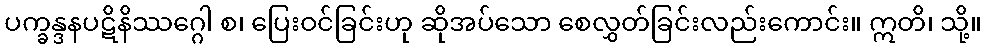
ပက္ခန္ဒနပဋိနိဿဂ္ဂေါ စ၊ ပြေးဝင်ခြင်းဟု ဆိုအပ်သော စေလွှတ်ခြင်းလည်းကောင်း။ ဣတိ၊ သို့။